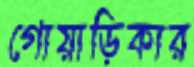
গোয়াড়িকার